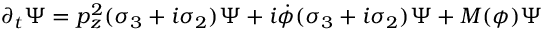
\partial _ { t } \Psi = p _ { z } ^ { 2 } ( \sigma _ { 3 } + i \sigma _ { 2 } ) \Psi + i \dot { \phi } ( \sigma _ { 3 } + i \sigma _ { 2 } ) \Psi + M ( \phi ) \Psi